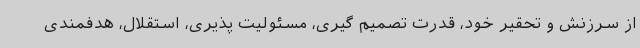
از سرزنش و تحقیر خود، قدرت تصمیم گیری، مسئولیت پذیری، استقلال، هدفمندی